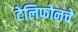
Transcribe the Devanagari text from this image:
टेलिफोनचे